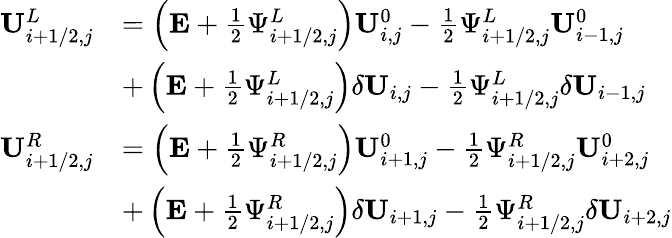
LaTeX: \begin{array}{rl}{\mathbf{U}_{i+1/2,j}^{L}}&{=\left(\mathbf{E}+\frac{1}{2}\Psi_{i+1/2,j}^{L}\right)\mathbf{U}_{i,j}^{0}-\frac{1}{2}\Psi_{i+1/2,j}^{L}\mathbf{U}_{i-1,j}^{0}}\\ &{+\left(\mathbf{E}+\frac{1}{2}\Psi_{i+1/2,j}^{L}\right)\delta\mathbf{U}_{i,j}-\frac{1}{2}\Psi_{i+1/2,j}^{L}\delta\mathbf{U}_{i-1,j}}\\ {\mathbf{U}_{i+1/2,j}^{R}}&{=\left(\mathbf{E}+\frac{1}{2}\Psi_{i+1/2,j}^{R}\right)\mathbf{U}_{i+1,j}^{0}-\frac{1}{2}\Psi_{i+1/2,j}^{R}\mathbf{U}_{i+2,j}^{0}}\\ &{+\left(\mathbf{E}+\frac{1}{2}\Psi_{i+1/2,j}^{R}\right)\delta\mathbf{U}_{i+1,j}-\frac{1}{2}\Psi_{i+1/2,j}^{R}\delta\mathbf{U}_{i+2,j}}\end{array}